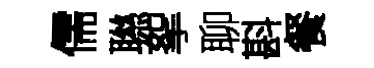
儒聮挐聊斟餐